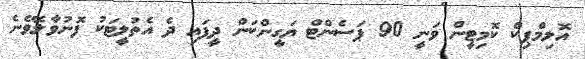
އޮލިމްޕިކް ކޮމިޓީން ވަނީ 90 ޕަސެންޓް ޔަގީންކަން ދީފައި ދެ އެތުލީޓަކު ފޮނުވާލެވޭނެ